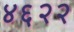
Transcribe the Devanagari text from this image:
४६२२